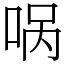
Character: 㖞